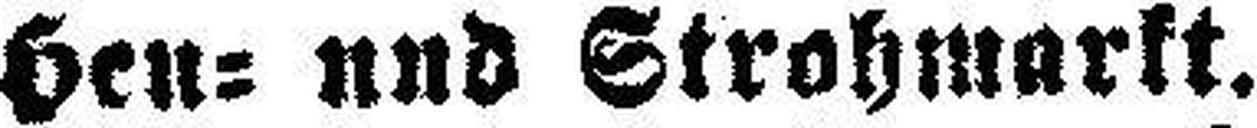
Hen= und Strohmarkt.